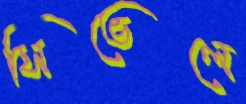
সিভেলে